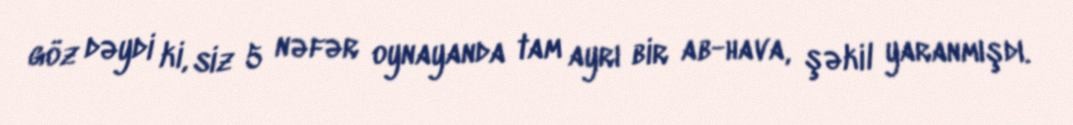
göz dəydi ki, siz 5 nəfər oynayanda tam ayrı bir ab-hava, şəkil yaranmışdı.